Bréfritari: Soffía Daníelsdóttir
Viðtakandi: Jakobína Magnúsdóttir og Daníel Halldórsson
Dagsetning: A-1895-07-08
Skrifað á: Skeggjastöðum  N-Múl.
Soffía var dóttir Jakobínu og Daníels

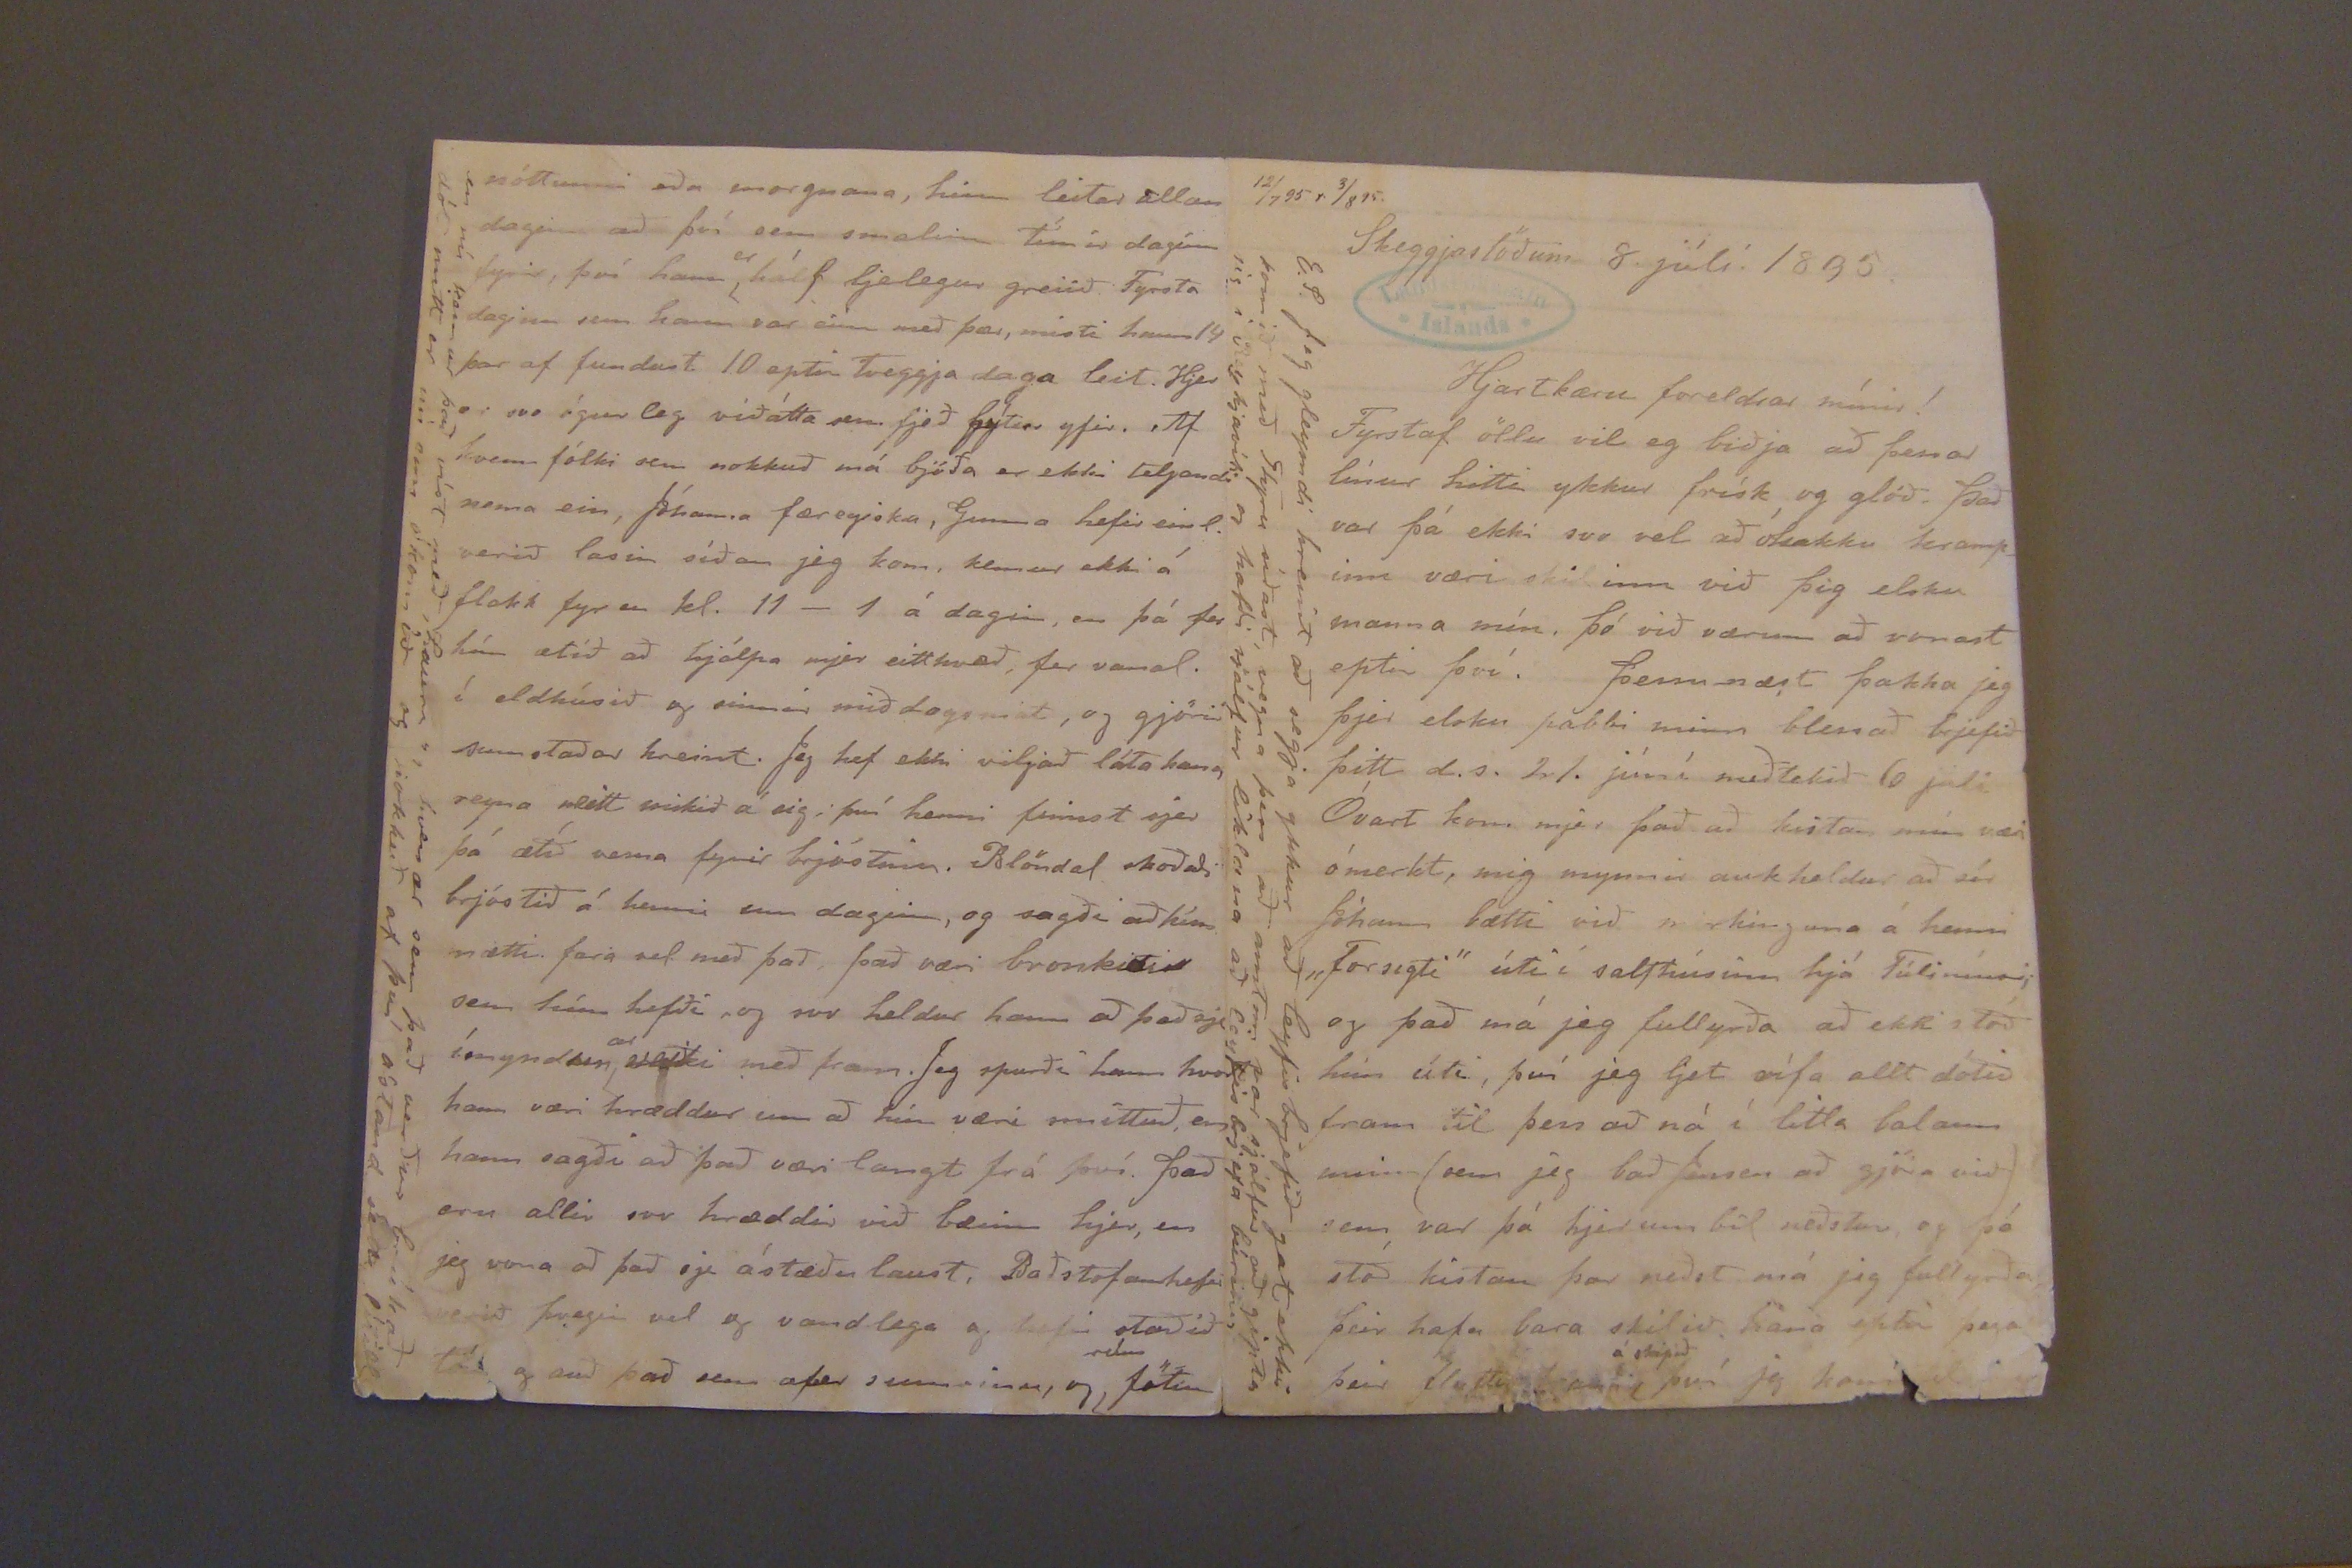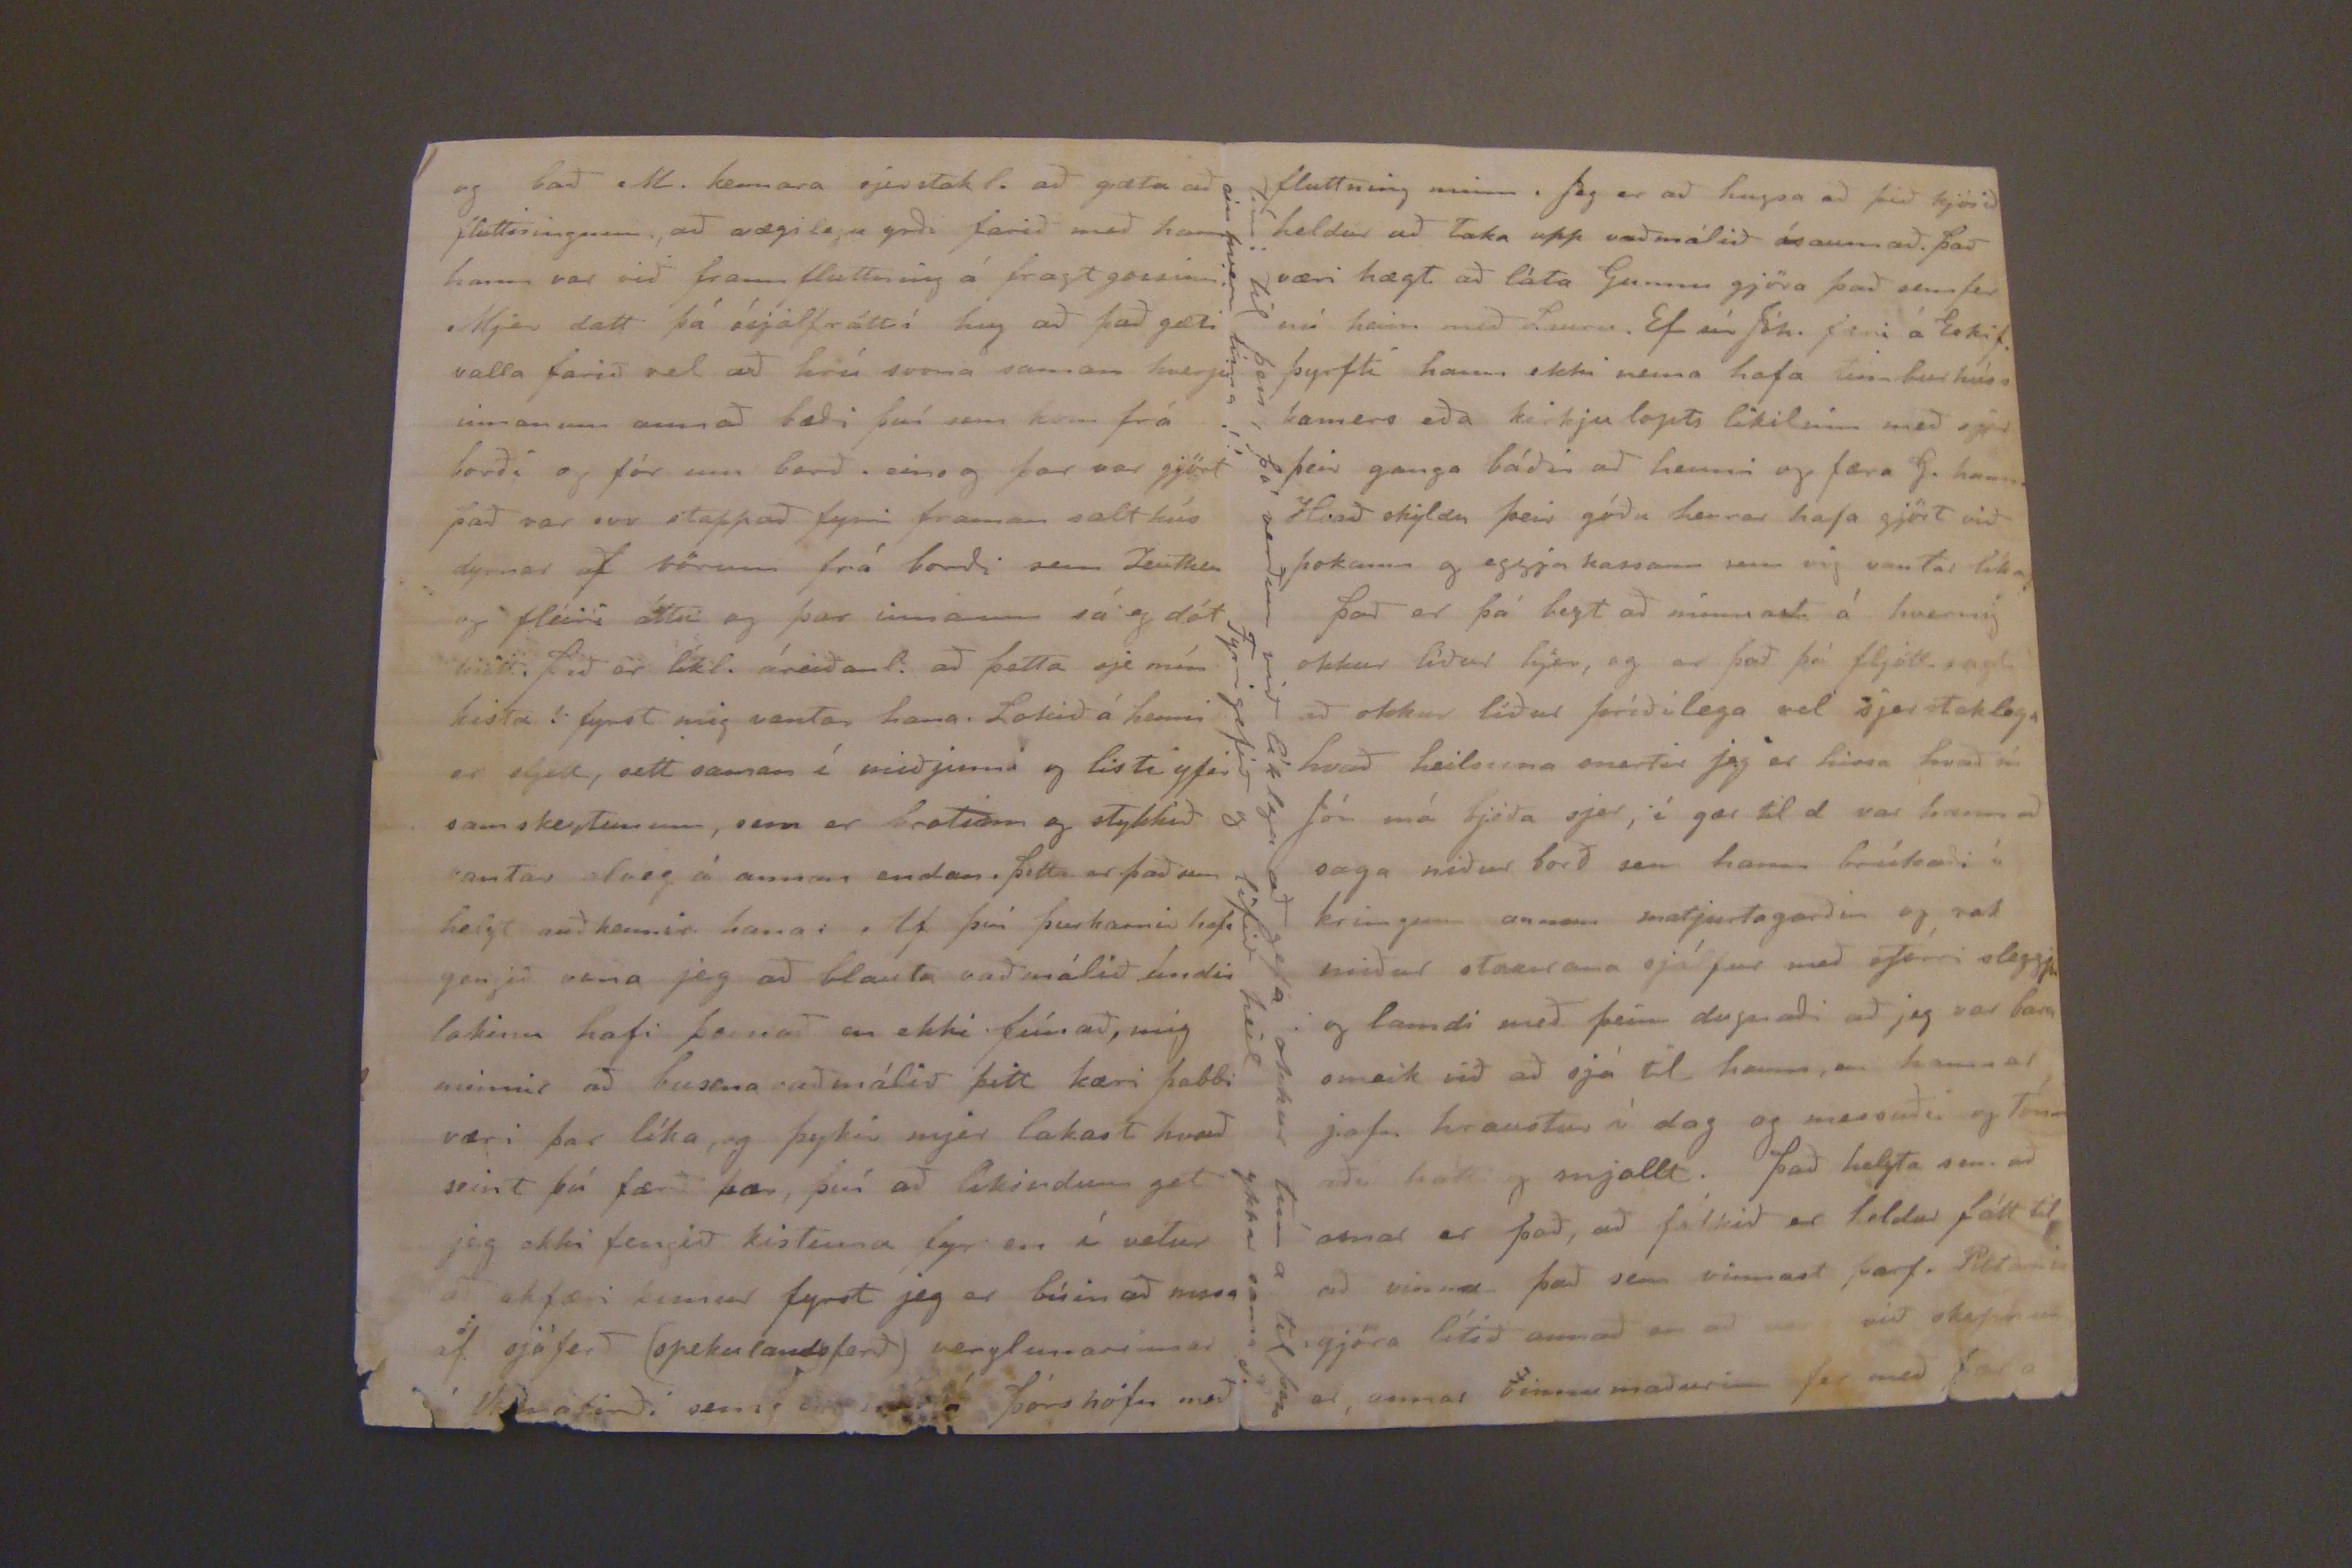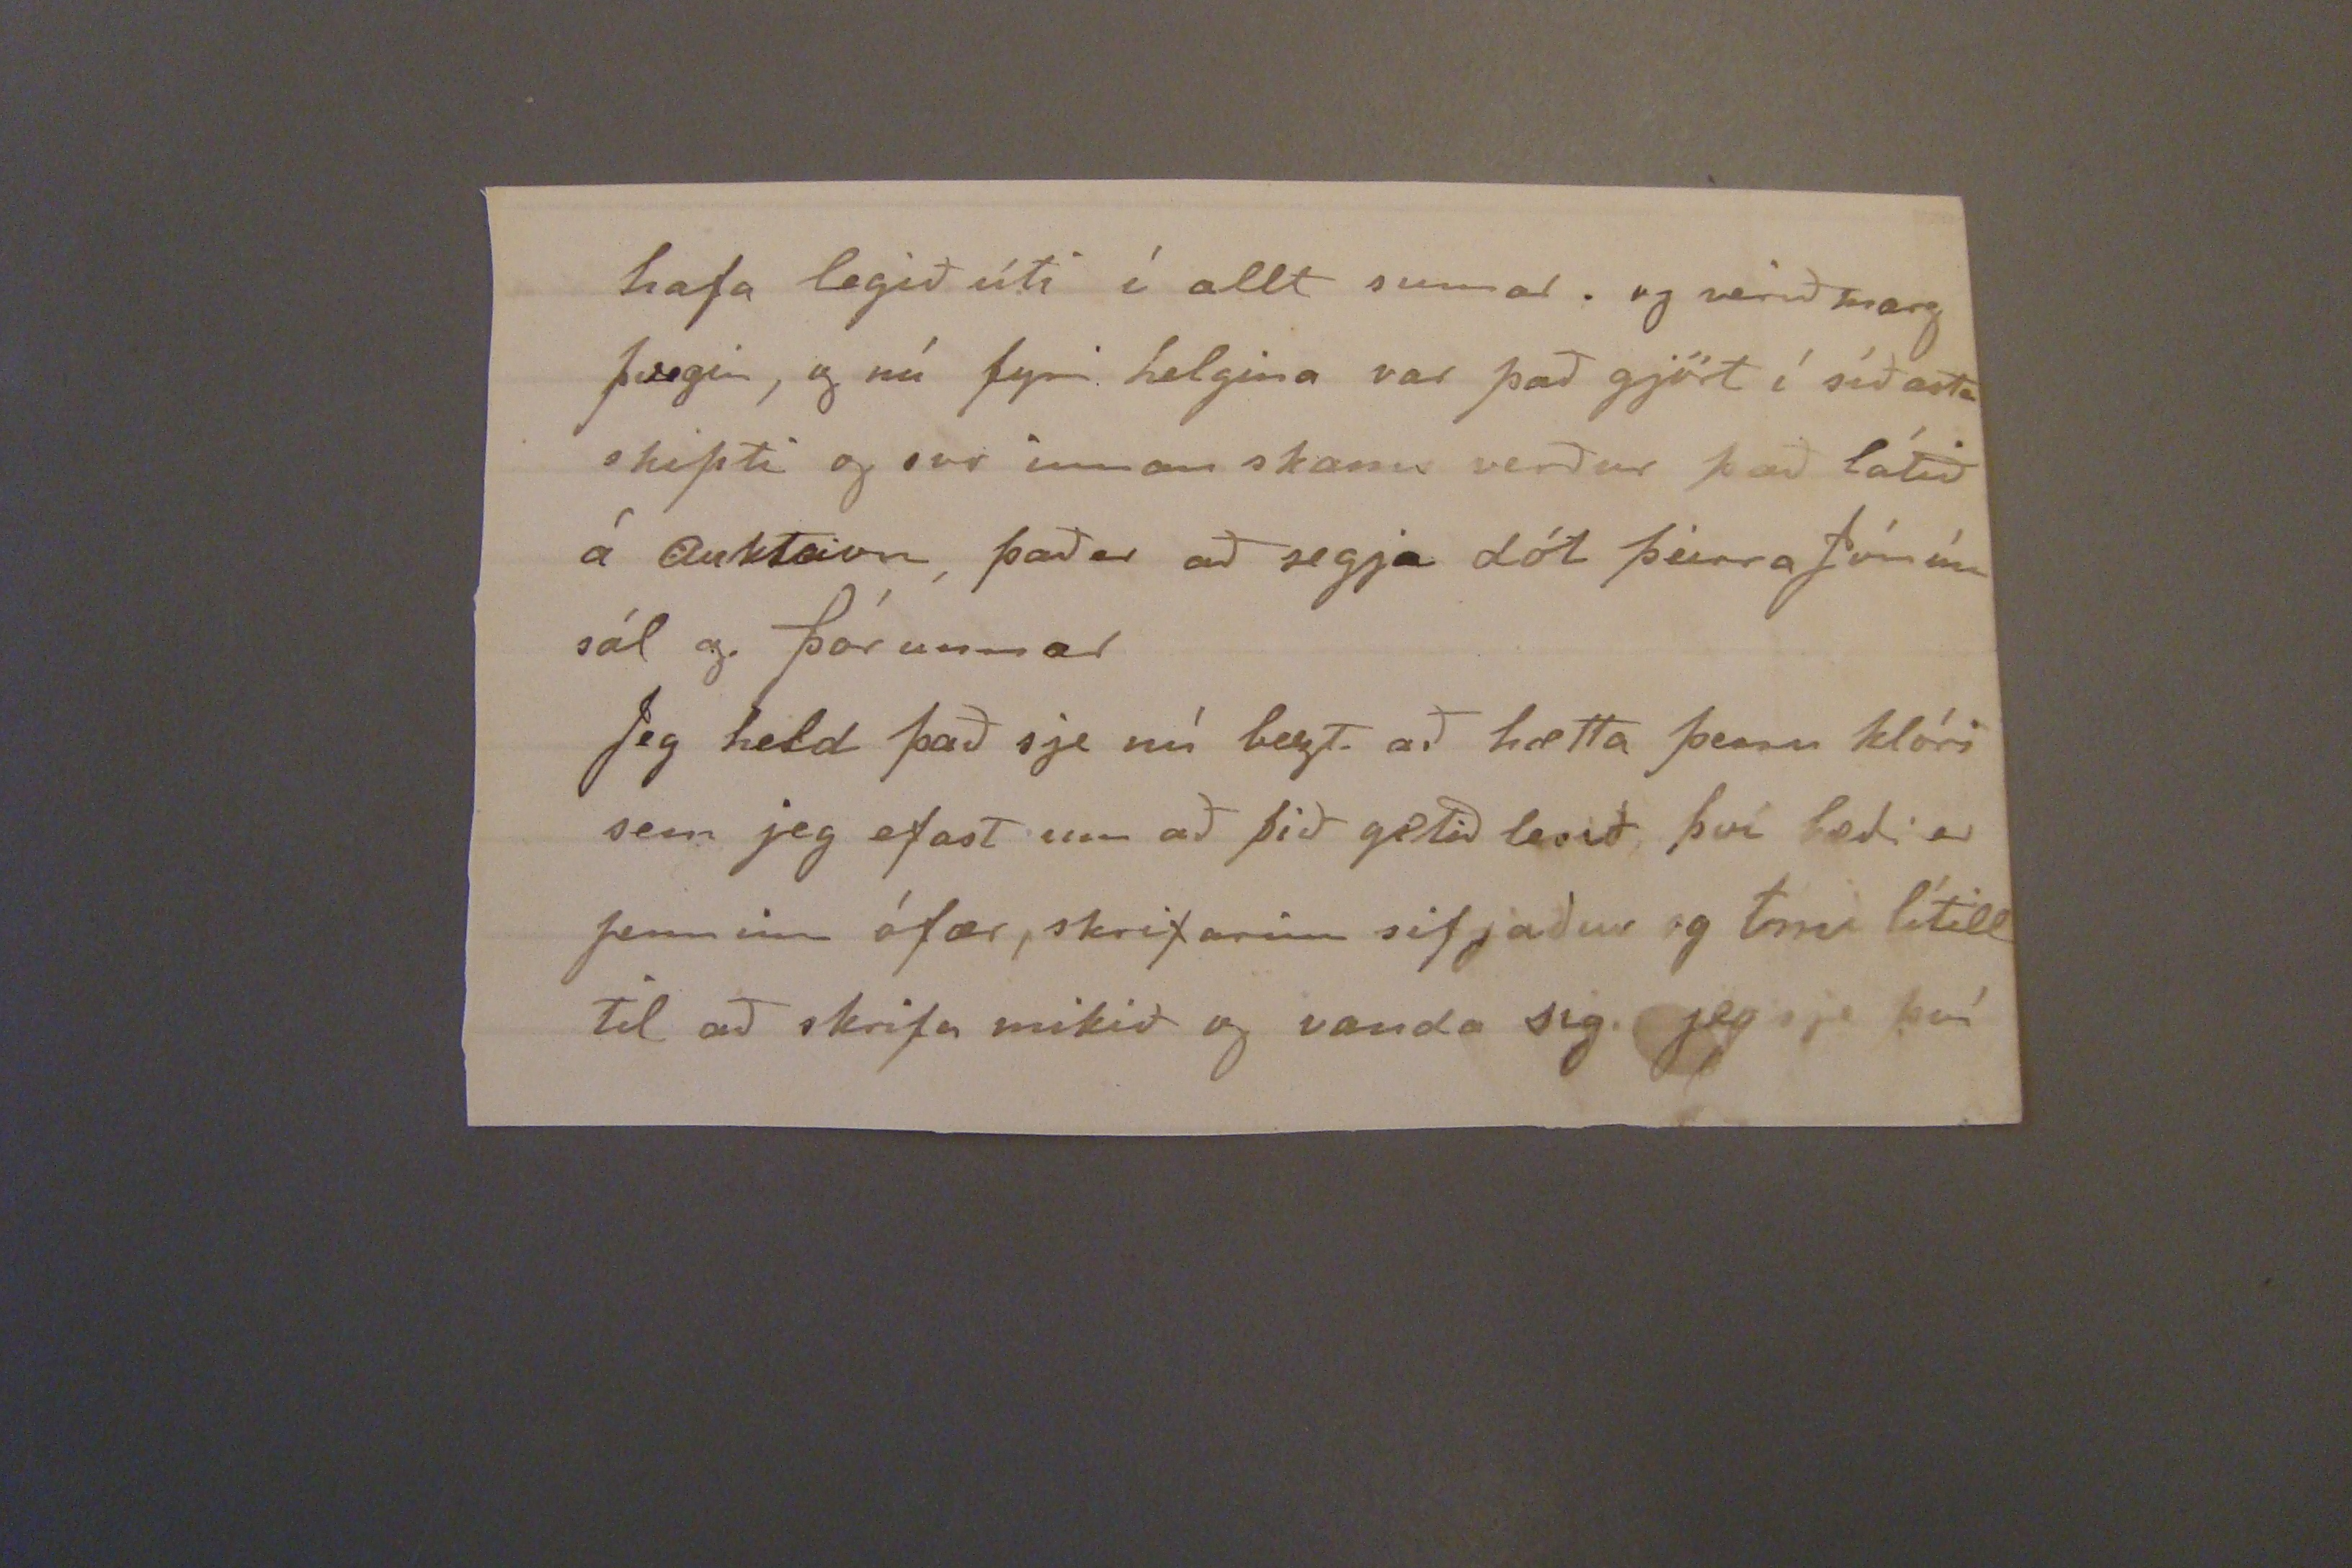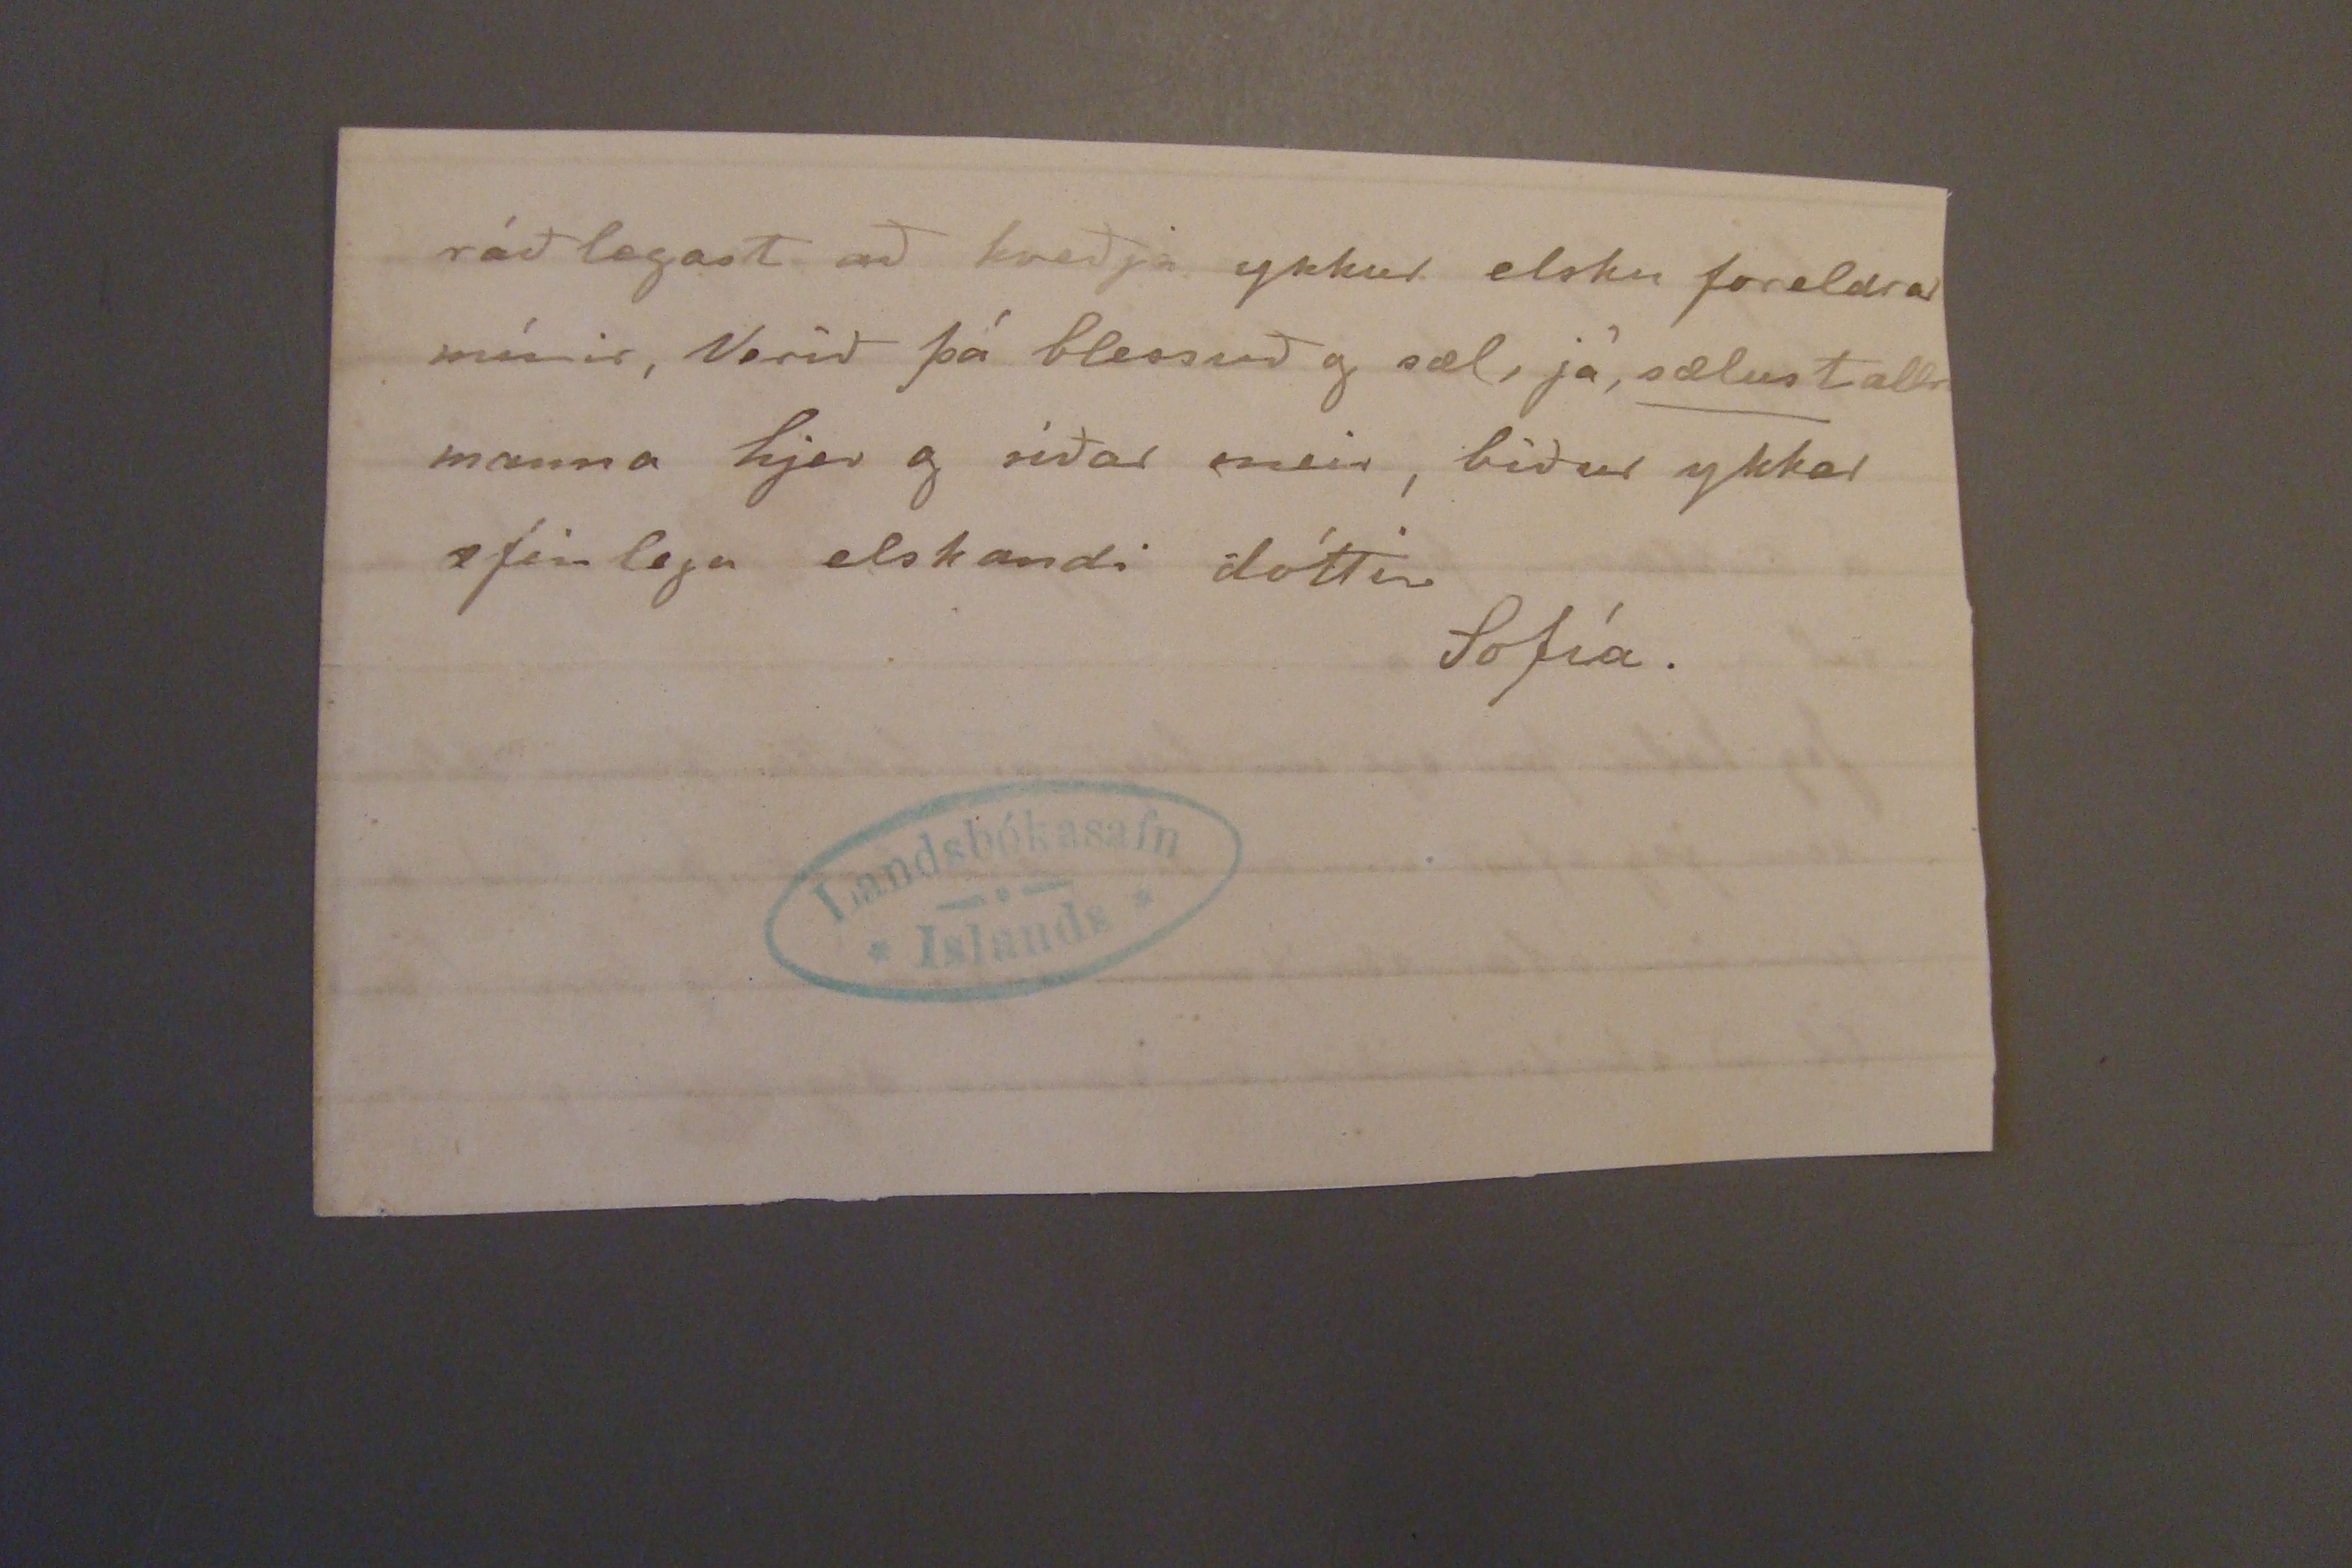

12/7 95 1 3/8 95.
Skeggjastöðum 8. júlí 1895.
Hjartkæru foreldrar mínir!
Fyrstaf öllu vil eg biðja að þínar línur hitti ykkur frísk og glöð. það var þá ekki svo vel að ólukku krampinn væri skilinn við þig elsku mama mín. þó við værum að vonast eptir því. þessu næst þakka jeg þjer elsku pabbi minn blessað brjefið þitt d.s. 21. júní meðtekið 6 juli Óvart kom mer það að kistan mín væri ómerkt, mig mynnir aukheldur að sír Jóhann bætti við
mirlönguna
á henni "Forsigti" úti í salthúsinu hjá
Túlinína
; og það má jeg fullyrða að ekki stóð hún úti, því jeg ljet rífa allt dótið fram til þess að ná í litlabalann minn (sem jeg bað Jensen að gjöra við) enn var þá hjer um bil neðstur, og þá stóð kistan þar neðst má jeg fullyrða þeir hafa bara skilið. hana eptir þegar þeir fluttu
á skipið
því jeg kom til
E. P. Jeg gleymdi hreint að segja ykkur að leyfisbrjefið gat ekki komið með Stýru síðast, vegna þess að amtm var sjálfur að gipta sig í Reykjavík og hafði sjálfur liklana að leyfis brjefa búrinu.
og bað M. kennara sjerstakl. að gæta að fluttningnum, að nægilega yrði farið með hann hann var við fram fluttning á
fragtgossinu
. Mjer datt þá ósjálfrátt í hug að það gæti valla farið vel að hrú svona saman hverju
umanum
annað bæði því sem kom frá borði og fór um borð. eins og þar var gjört það var svo stappað fyrir framan salthús dyrnar af vörum frá borði sem
leuthen
og fleiri áttu og þar innann sá eg dót mitt. þið er líkl. áreiðanl. að þetta sje mín kista! fyrst mig vantar hana. Lokið á henni er
sýnt
, sett saman í miðjunni og listi yfir samskeytunum, sem er brotinn og stykkið vantar alveg á annan endan. þetta er það sem helzt auðkennir hana: Af því þurkarnir hafa gengið vona jeg að blauta vaðmálið undir lokinu hafi þornað en ekki fúnað, mig minnir að buxna vaðmálið þitt kæri pabbi væri þar líka og þykir mjer lakast hvað seint þú færð þær, því að líkindum get jeg ekki fengið kistuna fyr en í vetur að akfæri kemur fyrst jeg er búin að misa af sjóferð (spekulandsferð) verglunarinnar í Vopnafirði sem
sirg á
þórshöfn með
nóttunni eða morgnana, hinn leitar allan daginn að því sem smalinn tínir daginn fyrir, því hann
er
hálf ljelegur greiið Fyrsta daginn sem hann var einn með þær, misti hann 14 þar af fundust 10 eptir Tveggja daga leit. Hjer er svo ógur leg. víðátta sem. fjeð þýtir yfir. Af kvenn fólki sem nokkuð má bjóða er ekki teljandi nema ein, Jóhanna færeyska, Gunna hefir einl. verið lasin síðan jeg kom, kemur ekki á flakk fyr en kl. 11-1 á dagin, en þá fer hún ætíð að hjálpa mjer eitthvað, fer vanal. í eldhúsið og sinnir miðdagsmat, og gjörir sumstaðar hreint. Jeg hef ekki viljað láta hana reyna neitt mikið á sig; því henni finnst sjer þá ætíð sama fyrir brjóstinu. Blöndal skoðaði brjóstið á henni um daginn, og sagði að hún mætti fara vel með það, það væri
bronkitir
sem hún hefði og svo heldur hann að það sje ímyndun
er
bliki
með fram. Jeg spurði hann hvort hann væri hræddur um að hún væri smittuð, en hann sagði að það væri langt frá því. það eru allir svo hræddir við bæinn hjer, en jeg vona að það sje ástæðu laust, Baðstofan hefur verið þvegin vel og vandlega og hefir staðið tóm og aup það sem afer sumrinu, og
rúm
fötin
en nú kemur það víst með "Laum", hvenær sem það verður brúkað dót mitt er nú enn ókomið og nokkuð af því ástand sett
ekill
fluttning minn. Jeg er að hugsa að þið kjósið heldur að taka upp vaðmálið ísaumað. það væri hægt að láta Gunnu gjöra það sem fer nú heim með Lauru. Ef sír Jóh.
peni
á Eskif. þyrfti hann ekki neina hafa timburhús kamers eða kirkju lopts likilinn með sjer þeir ganga báðir að henni og færa G. hann. Hvað skyldi þeir góðu herrar hafa gjört við pokann og eggja kassann sem
mig
vantar líka það er þá bezt að minnast á hvernig okkur líður hjer, og er það þá fljótt sagt að okkur líður príðilega vel sjerstaklega hvað heilsuna snertir jeg er hissa hvað sír Jón má bjóða sjer, í gær til d var hann að saga niður borð sem hann brúkaði í kringum annan matjurtagarðin og rak niður staurana sjálfur með sTórri sleggju og lamdi með þeim dugnaði að jeg var bara smeik við að sjá til hanns, en hann er jafn hraustur í dag og messaði og Tónaði hátt og snjallt. það helzta sem að amar er það, að fólkið er heldur fátt til að vinna það sem vinnast þarf. Piltarnir gjöra lítið annað en að vera við skapnunnar, annar vinnumaðurinn fer með fara
tími til þess, þá verðum við líklega að gefa okkur tíma til þess einhvern tíma!! Fyrirgefið g lífið heil ykkar sama S.
hafa legið úti í allt suamr, og verið marg þvegin, og nú fyri helgina var það gjört í síðasta skiptið og svo innan skams verður það látið á Aukteion, það er að segja dót þeirra Jón ínu sál og. Þórunnar.
Jeg held það sje nú bezt að hætta þessu klóri sem jeg efast um að þið gætið lesið því bæði er penninn ófær, skrifarinn sifjaður og timi lítill til að skrifa mikið og vanda sig jeg sje því
ráðlegast að kveðja ykkur elsku foreldrar mínir, Verið þá blessuð og sæl, já,
sælust
allr manna hjer og síðar meir, biður ykkar æfinlega elskandi dóttir
Sofía.